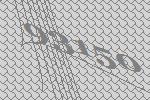
93150